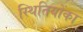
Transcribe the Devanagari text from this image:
स्थितियोंका